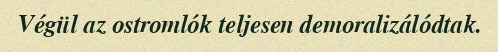
Végül az ostromlók teljesen demoralizálódtak.